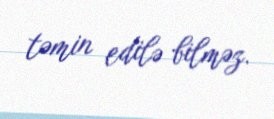
təmin edilə bilməz.